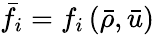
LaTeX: \bar{f}_{i}=f_{i}\left(\bar{\rho},\bar{u}\right)